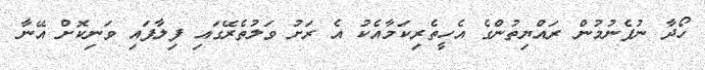
ހޯދާ ނުފެނުމުން ރައްޔިތުންގެ އެހީތެރިކަމާއެކު އެ ރަށު ވަލުތެރޭގައި ފިލާފައި ވަނިކޮށް އޭނާ